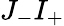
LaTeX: J_{-}I_{+}